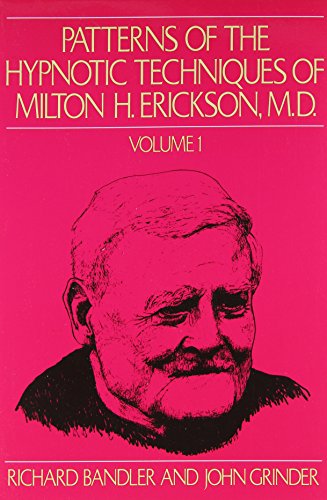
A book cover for Patterns of the Hypnotic Techniques of Milton H. Erickson, M.D. Volume 1; Richard Bandler; Health, Fitness & Dieting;